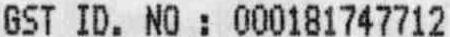
GST ID. NO : 000181747712